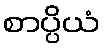
စာပ္ပိယံ